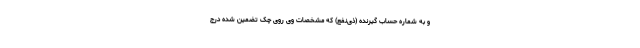
و به شماره حساب گیرنده (ذی‌نفع) که مشخصات وی روی چک تضمین شده درج